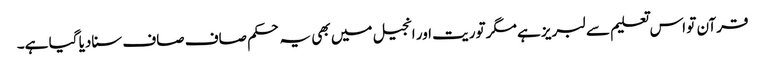
قرآن تو اس تعلیم سے لبریز ہے مگر توریت اور انجیل میں بھی یہ حکم صاف صاف سنادیا گیا ہے۔